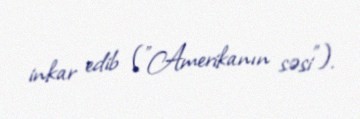
inkar edib ("Amerikanın səsi").